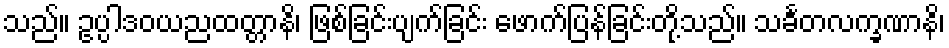
သည်။ ဥပ္ပါဒဝယညထတ္တာနိ၊ ဖြစ်ခြင်းပျက်ခြင်း ဖောက်ပြန်ခြင်းတို့သည်။ သင်္ခတလက္ခဏာနိ၊